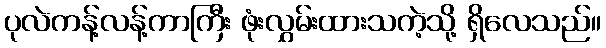
ပုလဲကန့်လန့်ကာကြီး ဖုံးလွှမ်းထားသကဲ့သို့ ရှိလေသည်။